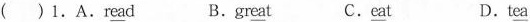
( )1.A.r\underline{e}\underline{a}d B.gr\underline{e}\underline{a}t C.\underline{e}\underline{a}t D.t\underline{e}\underline{a}